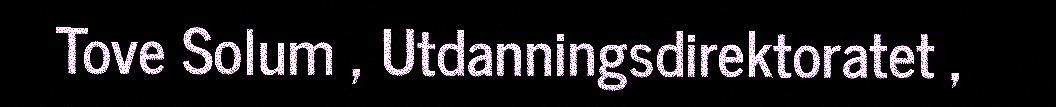
Tove Solum , Utdanningsdirektoratet ,